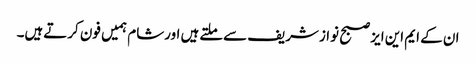
ان کے ایم این ایزصبح نوازشریف سےملتےہیں اورشام ہمیں فون کرتےہیں۔